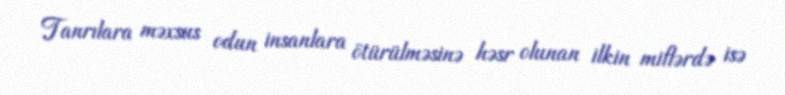
Tanrılara məxsus odun insanlara ötürülməsinə həsr olunan ilkin miflərdə isə